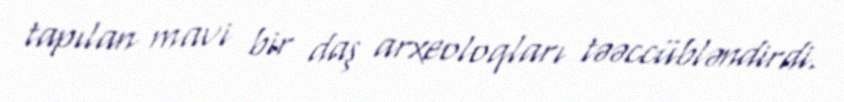
tapılan mavi bir daş arxeoloqları təəccübləndirdi.